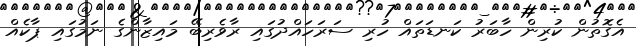
އެގޮތުން ކުރިން ހާބަރު ކަނޑަތައް ހުރި ސަރަހައްދުގައި ރާވެރިބޭ މައިޒާންގެ ނަމުގައި ޕާކެއް